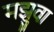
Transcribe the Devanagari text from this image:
मझुवा